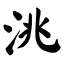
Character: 洮